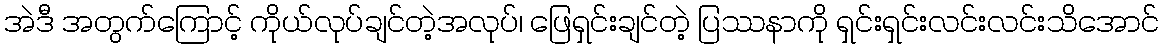
အဲဒီ အတွက်ကြောင့် ကိုယ်လုပ်ချင်တဲ့အလုပ်၊ ဖြေရှင်းချင်တဲ့ ပြဿနာကို ရှင်းရှင်းလင်းလင်းသိအောင်